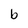
Character: b